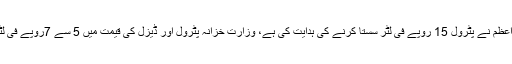
ذرائع کے مطابق وزیراعظم نے پٹرول 15 روپے فی لٹر سستا کرنے کی ہدایت کی ہے، وزارت خزانہ پٹرول اور ڈیزل کی قیمت میں 5 سے 7روپے فی لٹر کمی کرنا چاہتی ہے۔